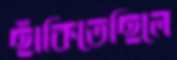
ছাঁকিতেছিলে